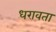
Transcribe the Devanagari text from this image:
धरावता